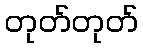
တုတ်တုတ်